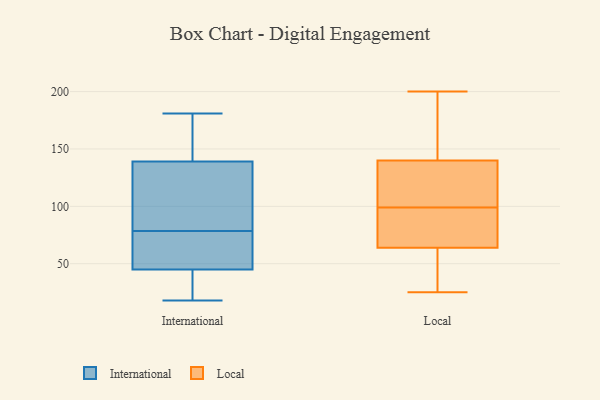
{"axis": {"x": "Population (Million)", "y": "Value"}, "legend": ["International", "Local"], "data": [{"x": "", "y": 121, "type": "International"}, {"x": "", "y": 45, "type": "International"}, {"x": "", "y": 22, "type": "International"}, {"x": "", "y": 49, "type": "International"}, {"x": "", "y": 120, "type": "International"}, {"x": "", "y": 18, "type": "International"}, {"x": "", "y": 140, "type": "International"}, {"x": "", "y": 173, "type": "International"}, {"x": "", "y": 39, "type": "International"}, {"x": "", "y": 101, "type": "International"}, {"x": "", "y": 181, "type": "International"}, {"x": "", "y": 146, "type": "International"}, {"x": "", "y": 56, "type": "International"}, {"x": "", "y": 44, "type": "International"}, {"x": "", "y": 105, "type": "International"}, {"x": "", "y": 46, "type": "International"}, {"x": "", "y": 139, "type": "International"}, {"x": "", "y": 55, "type": "International"}, {"x": "", "y": 192, "type": "Local"}, {"x": "", "y": 32, "type": "Local"}, {"x": "", "y": 78, "type": "Local"}, {"x": "", "y": 50, "type": "Local"}, {"x": "", "y": 148, "type": "Local"}, {"x": "", "y": 25, "type": "Local"}, {"x": "", "y": 136, "type": "Local"}, {"x": "", "y": 144, "type": "Local"}, {"x": "", "y": 99, "type": "Local"}, {"x": "", "y": 200, "type": "Local"}, {"x": "", "y": 88, "type": "Local"}, {"x": "", "y": 36, "type": "Local"}, {"x": "", "y": 88, "type": "Local"}, {"x": "", "y": 99, "type": "Local"}, {"x": "", "y": 108, "type": "Local"}, {"x": "", "y": 103, "type": "Local"}]}